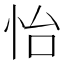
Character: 怡